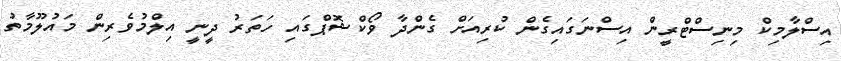
އިސްލާމިކް މިނިސްޓްރީން އިސްނަގައިގެން ކުރިއަށް ގެންދާ ވޯކްޝޮޕްގައި ހަތަރު ދީނީ އިލްމުވެރިން މައުލޫމާތު